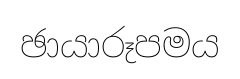
ඡායාරූපමය